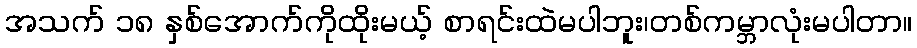
အသက် ၁၈ နှစ်အောက်ကိုထိုးမယ့် စာရင်းထဲမပါဘူး၊တစ်ကမ္ဘာလုံးမပါတာ။